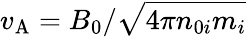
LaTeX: v_{\mathrm{A}}=B_{0}/\sqrt{4\pi n_{0i}m_{i}}